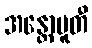
အန္တောပူတီ